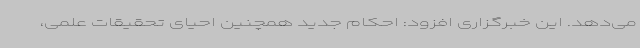
می‌دهد. این خبرگزاری افزود: احکام جدید همچنین احیای تحقیقات علمی،‌